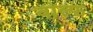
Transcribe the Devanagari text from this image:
वाल्फ